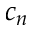
c _ { n }